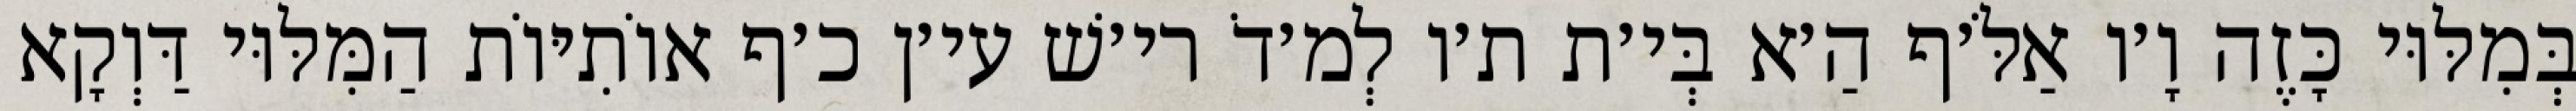
בְּמִלּוּי כָּזֶה וָ׳ו אַלֹּ׳ף הַ׳א בְּי׳ת ת׳ו לְמ׳דֹ רי׳שׁ עי׳ן כ׳ף אוֹתִיּוֹת הַמִּלּוּי דַּוְקָא